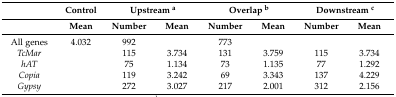
<table><thead><tr><td></td><td><b>Control</b></td><td colspan="2"><b>Upstream <sup>a</sup></b></td><td colspan="2"><b>Overlap <sup>b</sup></b></td><td colspan="2"><b>Downstream <sup>c</sup></b></td></tr><tr><td></td><td><b>Mean</b></td><td><b>Number</b></td><td><b>Mean</b></td><td><b>Number</b></td><td><b>Mean</b></td><td><b>Number</b></td><td><b>Mean</b></td></tr></thead><tbody><tr><td>All genes</td><td>4.032</td><td>992</td><td></td><td>773</td><td></td><td></td><td></td></tr><tr><td><i>TcMar</i></td><td></td><td>115</td><td>3.734</td><td>131</td><td>3.759</td><td>115</td><td>3.734</td></tr><tr><td><i>hAT</i></td><td></td><td>75</td><td>1.134</td><td>73</td><td>1.135</td><td>77</td><td>1.292</td></tr><tr><td><i>Copia</i></td><td></td><td>119</td><td>3.242</td><td>69</td><td>3.343</td><td>137</td><td>4.229</td></tr><tr><td><i>Gypsy</i></td><td></td><td>272</td><td>3.027</td><td>217</td><td>2.001</td><td>312</td><td>2.156</td></tr></tbody></table>